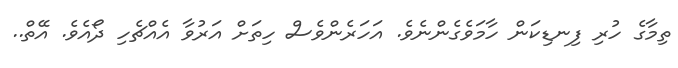
ތިމާގެ ހުރި ފިނޑިކަން ހާމަވެގެންނެވެ. އަހަރެންވެސް ހިތަށް އަރުވާ އެއްޗެހި ދޯއެވެ. އޭތް..